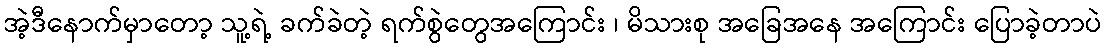
အဲ့ဒီနောက်မှာတော့ သူ့ရဲ့ ခက်ခဲတဲ့ ရက်စွဲတွေအကြောင်း ၊ မိသားစု အခြေအနေ အကြောင်း ပြောခဲ့တာပဲ